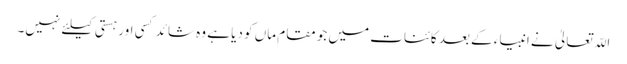
اللّہ تعالیٰ نے انبیاء کے بعد کائنات میں جو مقام ماں کو دیا ہے وہ شائد کسی اور ہستی کیلئے نہیں۔